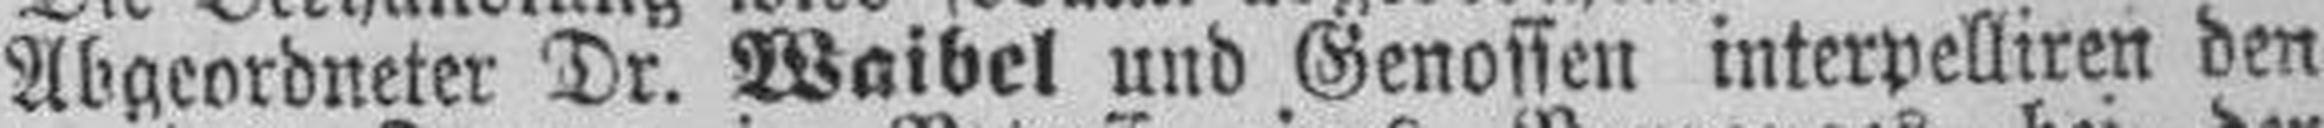
Abgeordneter Dr. Waibel und Genossen interpelliren den